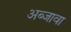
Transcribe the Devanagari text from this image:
अब्जावा